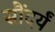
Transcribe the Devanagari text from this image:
सौंदर्यं